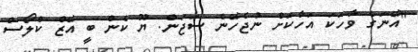
"އޭނަގެ ވާހަކަ އަހާކަށް ނުޖެހޭނެ ސަޖަން. ޔޫ ކެން ބީ އޭޒް ކްލޯސް